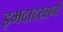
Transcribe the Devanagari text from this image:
इमदादखानी